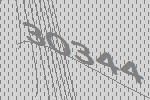
30344